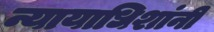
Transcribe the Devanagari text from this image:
न्यायाधिशांनी